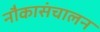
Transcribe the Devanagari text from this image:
नौकासंचालन